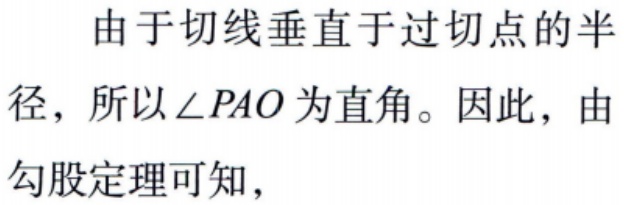
由于切线垂直于过切点的半径，所以\(\angle PAO\)为直角。因此，由勾股定理可知，